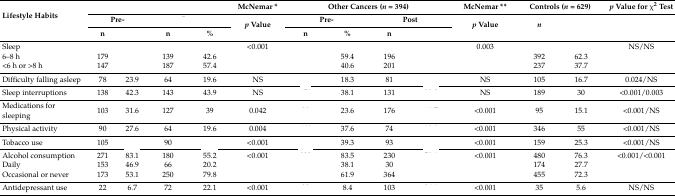
<table><thead><tr><td rowspan="3"><b>Lifestyle Habits</b></td><td colspan="4">[EMPTY_CELL]</td><td><b>McNemar *</b></td><td colspan="4"><b>Other Cancers (<i>n</i> = 394)</b></td><td><b>McNemar **</b></td><td colspan="2"><b>Controls (<i>n</i> = 629)</b></td><td><b><i>p</i> Value for χ<sup>2</sup> Test</b></td></tr><tr><td colspan="2"><b>Pre-</b></td><td colspan="2">[EMPTY_CELL]</td><td rowspan="2"><b><i>p</i> Value</b></td><td colspan="2"><b>Pre-</b></td><td colspan="2"><b>Post</b></td><td rowspan="2"><b><i>p</i> Value</b></td><td rowspan="2"><b><i>n</i></b></td><td rowspan="2">[EMPTY_CELL]</td><td rowspan="2">[EMPTY_CELL]</td></tr><tr><td><b>n</b></td><td>[EMPTY_CELL]</td><td><b>n</b></td><td><b>%</b></td><td><b>n</b></td><td><b>%</b></td><td><b>n</b></td><td>[EMPTY_CELL]</td></tr></thead><tbody><tr><td>Sleep</td><td>[EMPTY_CELL]</td><td>[EMPTY_CELL]</td><td>[EMPTY_CELL]</td><td>[EMPTY_CELL]</td><td>&lt;0.001</td><td>[EMPTY_CELL]</td><td>[EMPTY_CELL]</td><td>[EMPTY_CELL]</td><td>[EMPTY_CELL]</td><td>0.003</td><td>[EMPTY_CELL]</td><td>[EMPTY_CELL]</td><td>NS/NS</td></tr><tr><td>6–8 h</td><td>179</td><td>[EMPTY_CELL]</td><td>139</td><td>42.6</td><td>[EMPTY_CELL]</td><td>[EMPTY_CELL]</td><td>59.4</td><td>196</td><td>[EMPTY_CELL]</td><td>[EMPTY_CELL]</td><td>392</td><td>62.3</td><td>[EMPTY_CELL]</td></tr><tr><td>&lt;6 h or &gt;8 h</td><td>147</td><td>[EMPTY_CELL]</td><td>187</td><td>57.4</td><td>[EMPTY_CELL]</td><td>[EMPTY_CELL]</td><td>40.6</td><td>201</td><td>[EMPTY_CELL]</td><td>[EMPTY_CELL]</td><td>237</td><td>37.7</td><td>[EMPTY_CELL]</td></tr><tr><td>Difficulty falling asleep</td><td>78</td><td>23.9</td><td>64</td><td>19.6</td><td>NS</td><td>[EMPTY_CELL]</td><td>18.3</td><td>81</td><td>[EMPTY_CELL]</td><td>NS</td><td>105</td><td>16.7</td><td>0.024/NS</td></tr><tr><td>Sleep interruptions</td><td>138</td><td>42.3</td><td>143</td><td>43.9</td><td>NS</td><td>[EMPTY_CELL]</td><td>38.1</td><td>131</td><td>[EMPTY_CELL]</td><td>NS</td><td>189</td><td>30</td><td>&lt;0.001/0.003</td></tr><tr><td>Medications for sleeping</td><td>103</td><td>31.6</td><td>127</td><td>39</td><td>0.042</td><td>[EMPTY_CELL]</td><td>23.6</td><td>176</td><td>[EMPTY_CELL]</td><td>&lt;0.001</td><td>95</td><td>15.1</td><td>&lt;0.001/NS</td></tr><tr><td>Physical activity</td><td>90</td><td>27.6</td><td>64</td><td>19.6</td><td>0.004</td><td>[EMPTY_CELL]</td><td>37.6</td><td>74</td><td>[EMPTY_CELL]</td><td>&lt;0.001</td><td>346</td><td>55</td><td>&lt;0.001/NS</td></tr><tr><td>Tobacco use</td><td>105</td><td>[EMPTY_CELL]</td><td>90</td><td>[EMPTY_CELL]</td><td>&lt;0.001</td><td>[EMPTY_CELL]</td><td>39.3</td><td>93</td><td>[EMPTY_CELL]</td><td>&lt;0.001</td><td>159</td><td>25.3</td><td>&lt;0.001/NS</td></tr><tr><td>Alcohol consumption</td><td>271</td><td>83.1</td><td>180</td><td>55.2</td><td>&lt;0.001</td><td>[EMPTY_CELL]</td><td>83.5</td><td>230</td><td>[EMPTY_CELL]</td><td>&lt;0.001</td><td>480</td><td>76.3</td><td>&lt;0.001/&lt;0.001</td></tr><tr><td>Daily</td><td>153</td><td>46.9</td><td>66</td><td>20.2</td><td>[EMPTY_CELL]</td><td>[EMPTY_CELL]</td><td>38.1</td><td>30</td><td>[EMPTY_CELL]</td><td>[EMPTY_CELL]</td><td>174</td><td>27.7</td><td>[EMPTY_CELL]</td></tr><tr><td>Occasional or never</td><td>173</td><td>53.1</td><td>250</td><td>79.8</td><td>[EMPTY_CELL]</td><td>[EMPTY_CELL]</td><td>61.9</td><td>364</td><td>[EMPTY_CELL]</td><td>[EMPTY_CELL]</td><td>455</td><td>72.3</td><td>[EMPTY_CELL]</td></tr><tr><td>Antidepressant use</td><td>22</td><td>6.7</td><td>72</td><td>22.1</td><td>&lt;0.001</td><td>[EMPTY_CELL]</td><td>8.4</td><td>103</td><td>[EMPTY_CELL]</td><td>&lt;0.001</td><td>35</td><td>5.6</td><td>NS/NS</td></tr></tbody></table>